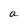
Character: a